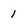
Character: I